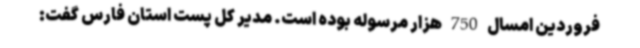
فروردین امسال 750 هزار مرسوله بوده است. مدیر کل پست استان فارس گفت: